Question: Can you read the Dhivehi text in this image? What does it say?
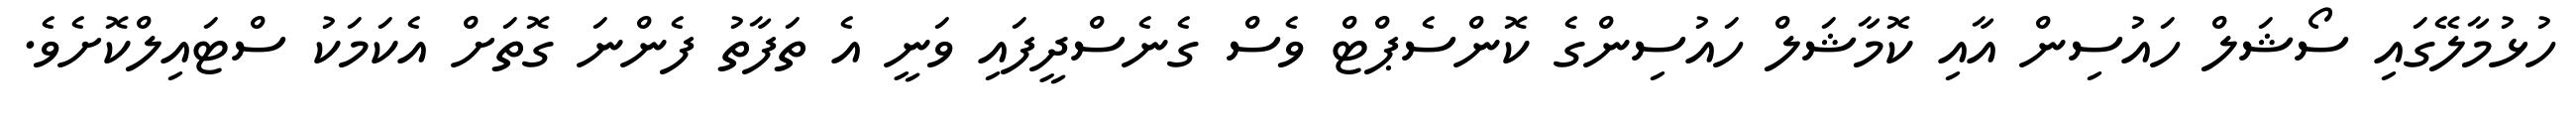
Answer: ހުޅުމާލޭގައި ސޯޝަލް ހައުސިން އާއި ކޮމާޝަލް ހައުސިންގެ ކޮންސެޕްޓް ވެސް ގެނެސްދީފައި ވަނީ އެ ތަފާތު ފެންނަ ގޮތަށް އެކަމަކު ސްޓައިލްކޮށެވެ.